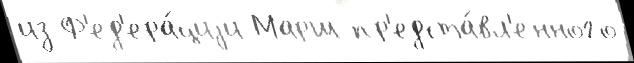
из Ф'ед'ера́циjи Марш пр'едста́вл'енного